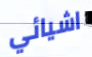
اشيائي